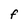
Character: f